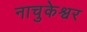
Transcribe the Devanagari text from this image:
नाचुकेश्वर